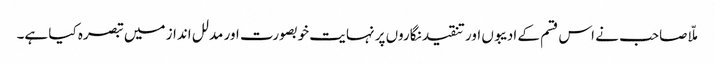
ملّا صاحب نے اس قسم کے ادیبوں اور تنقید نگاروں پر نہایت خوبصورت اور مدلل انداز میں تبصرہ کیا ہے۔